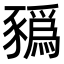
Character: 𧲄